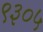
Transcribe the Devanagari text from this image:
९३०५